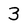
Character: 3